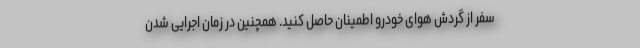
سفر از گردش هوای خودرو اطمینان حاصل کنید. همچنین در زمان اجرایی شدن